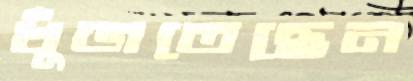
খুঁজতেছেন